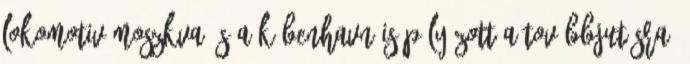
Lokomotiv Moszkva és a Köbenhavn is pályázott a továbbjutásra.